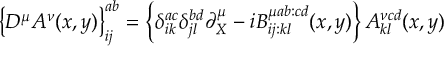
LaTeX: \left\{ D ^ { \mu } A ^ { \nu } ( x , y ) \right\} _ { i j } ^ { a b } = \left\{ \delta _ { i k } ^ { a c } \delta _ { j l } ^ { b d } \partial _ { X } ^ { \mu } - i B _ { i j : k l } ^ { \mu a b : c d } ( x , y ) \right\} A _ { k l } ^ { \nu c d } ( x , y )